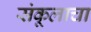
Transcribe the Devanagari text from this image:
संकूलाचा